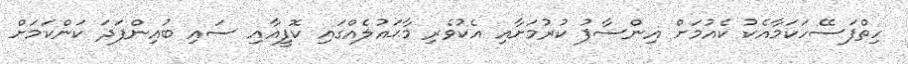
ހިތްފަސޭހަކަމާއެކު ކެއުމަށް އިންސާފު ކުރުމަށާއި އެކުވެރި މާޙައުލެއްގައި ކޮފީއާއި ސައި ބުއިންފަދަ ކަންކަމަށް